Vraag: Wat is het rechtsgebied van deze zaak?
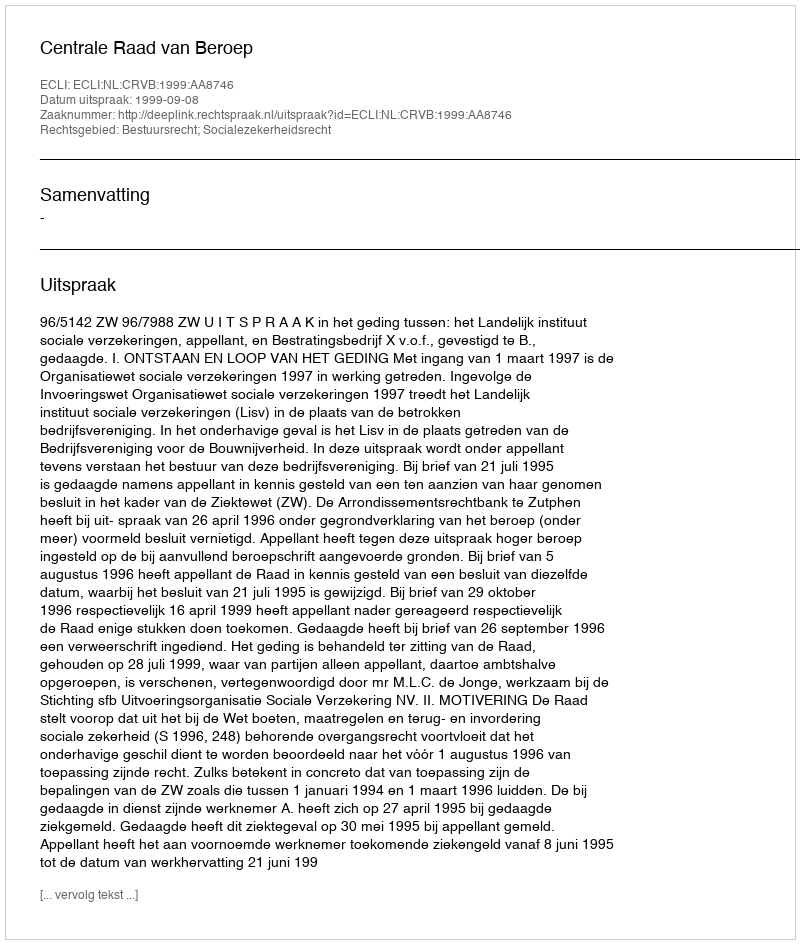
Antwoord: Bestuursrecht; Socialezekerheidsrecht